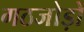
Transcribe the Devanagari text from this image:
गठजोड़ों